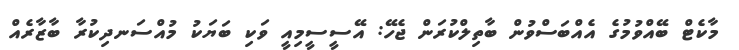
މާކެޓް ބޭއްވުމުގެ އެއްބަސްވުން ބާތިލްކުރަން ޖެހޭ: އޭސީސީމިއީ ވަކި ބަޔަކު މުއްސަނދިކުރާ ބާޒާރެއް